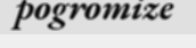
pogromize